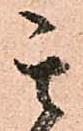
其